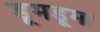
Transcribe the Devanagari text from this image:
डूमडूमा